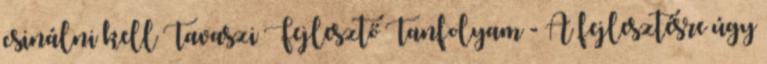
csinálni kell Tavaszi Fejlesztő Tanfolyam - A fejlesztésre úgy